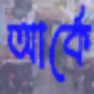
আর্কে